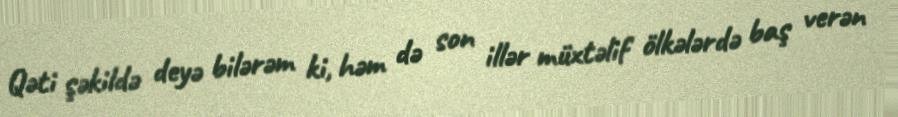
Qəti şəkildə deyə bilərəm ki, həm də son illər müxtəlif ölkələrdə baş verən